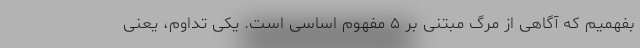
بفهمیم که آگاهی از مرگ مبتنی بر ۵ مفهوم اساسی است. یکی تداوم، یعنی